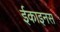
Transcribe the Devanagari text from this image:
ईकाइनस